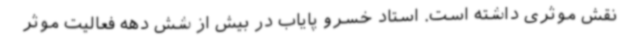
نقش موثری داشته است. استاد خسرو پایاب در بیش از شش دهه فعالیت موثر